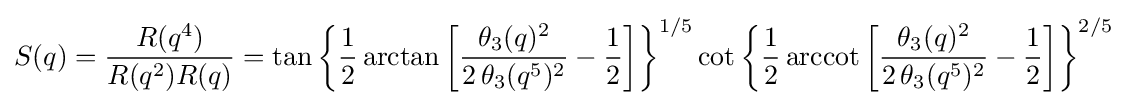
S(q)={\frac {R(q^{4})}{R(q^{2})R(q)}}=\tan {\biggl \{}{\frac {1}{2}}\arctan {\biggl [}{\frac {\theta _{3}(q)^{2}}{2\,\theta _{3}(q^{5})^{2}}}-{\frac {1}{2}}{\biggr ]}{\biggr \}}^{1/5}\cot {\biggl \{}{\frac {1}{2}}\operatorname {arccot} {\biggl [}{\frac {\theta _{3}(q)^{2}}{2\,\theta _{3}(q^{5})^{2}}}-{\frac {1}{2}}{\biggr ]}{\biggr \}}^{2/5}